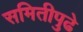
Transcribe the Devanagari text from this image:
समितीपुढे